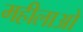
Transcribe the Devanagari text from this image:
महीलाओ